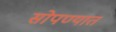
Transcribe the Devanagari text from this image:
सोपण्यात